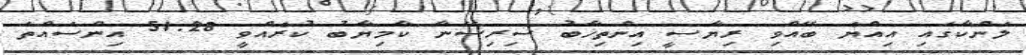
ލަންކާގައި އިއްޔެ ބޭއްވި ރިޔާސީ އިންތިޚާބު ސިރިސޭނާ ކާމިޔާބު ކުރެއްވީ 51.28 އިންސައްތަ